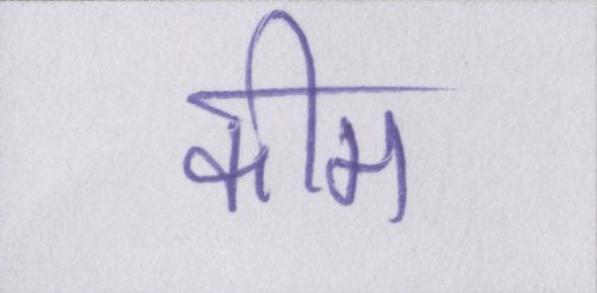
कीम